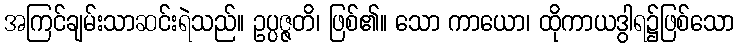
အကြင်ချမ်းသာဆင်းရဲသည်။ ဥပ္ပဇ္ဇတိ၊ ဖြစ်၏။ သော ကာယော၊ ထိုကာယဒွါရ၌ဖြစ်သော